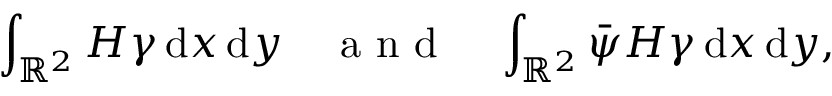
\int _ { \mathbb { R } ^ { 2 } } H \gamma \, \mathrm { d } x \, \mathrm { d } y \quad \textrm { a n d } \quad \int _ { \mathbb { R } ^ { 2 } } \bar { \psi } H \gamma \, \mathrm { d } x \, \mathrm { d } y ,